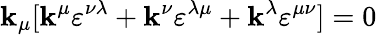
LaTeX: \mathbf{k}_{\mu}[\mathbf{k}^{\mu}\varepsilon^{\nu\lambda}+\mathbf{k}^{\nu}\varepsilon^{\lambda\mu}+\mathbf{k}^{\lambda}\varepsilon^{\mu\nu}]=0